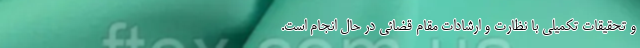
و تحقیقات تکمیلی با نظارت و ارشادات مقام قضائی در حال انجام است.